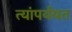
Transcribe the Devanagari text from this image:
त्यांपर्यंयत